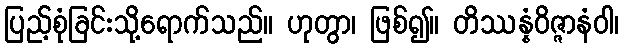
ပြည့်စုံခြင်းသို့ရောက်သည်။ ဟုတွာ၊ ဖြစ်၍။ တိဿန္နံဝိဇ္ဇာနံဝါ၊